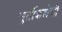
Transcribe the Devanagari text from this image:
मुर्तीकलेची